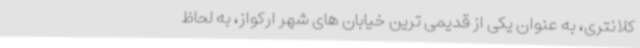
کلانتری، به عنوان یکی از قدیمی ترین خیابان های شهر ارکواز، به لحاظ